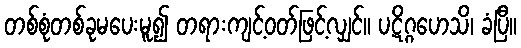
တစ်စုံတစ်ခုမပေးမူ၍ တရားကျင့်ဝတ်ဖြင့်လျှင်။ ပဋိဂ္ဂဟေသိ၊ ခံပြီ။